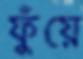
ফুঁয়ে